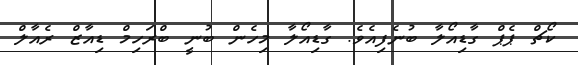
ކޯޗް ޕެޕް ގާޑިއޯލާ ބުނެފިއެވެ. ގާޑިއޯލާ މިހެން ބުނީ ބްރަހިމް ޑިއާޒް ރެއާލް